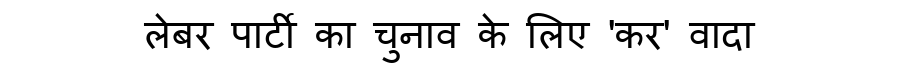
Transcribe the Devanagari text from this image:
लेबर पार्टी का चुनाव के लिए 'कर' वादा